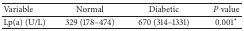
| Variable | Normal | Diabetic | P value |
 | --- | --- | --- | --- |
 | Lp(a) (U/L) | 329 (178–474) | 670 (314–1331) | 0.001∗ |